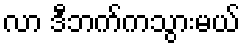
လာ ဒီဘက်ကသွားမယ်